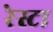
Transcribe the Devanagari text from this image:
रेस्टा